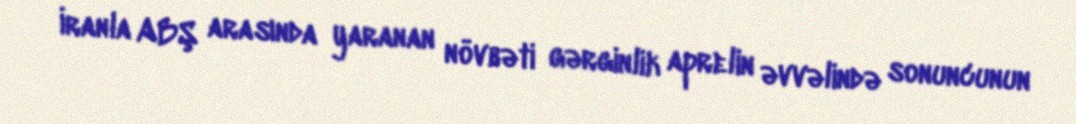
İranla ABŞ arasında yaranan növbəti gərginlik aprelin əvvəlində sonuncunun